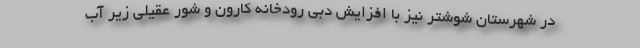
در شهرستان شوشتر نیز با افزایش دبی رودخانه کارون و شور عقیلی زیر آب